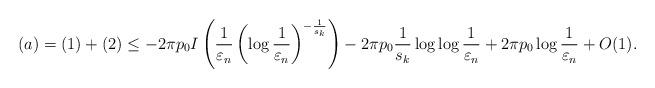
LaTeX: \begin{align*} (a)=(1)+(2)\leq -2\pi p_{0}I\left(\frac{1}{\varepsilon_{n}}\left(\log\frac{1}{\varepsilon_{n}}\right)^{-\frac{1}{s_{k}}}\right)-2\pi p_{0}\frac{1}{s_{k}}\log\log\frac{1}{\varepsilon_{n}}+2\pi p_{0}\log\frac{1}{\varepsilon_{n}}+ O(1).\end{align*}